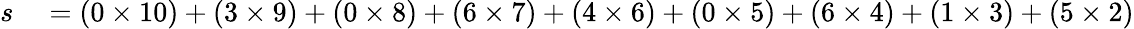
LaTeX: \begin{array}{rl}{s}&{{}=(0\times 10)+(3\times 9)+(0\times 8)+(6\times 7)+(4\times 6)+(0\times 5)+(6\times 4)+(1\times 3)+(5\times 2)}\end{array}